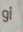
أو